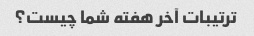
ترتیبات آخر هفته شما چیست؟